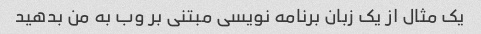
یک مثال از یک زبان برنامه نویسی مبتنی بر وب به من بدهید